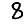
Digit: 8